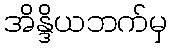
အိန္ဒိယဘက်မှ